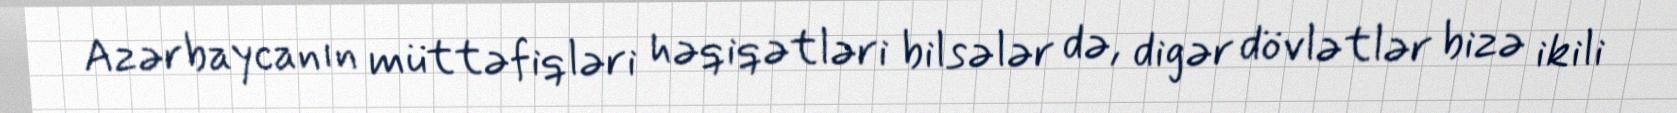
Azərbaycanın müttəfiqləri həqiqətləri bilsələr də, digər dövlətlər bizə ikili